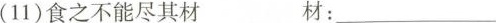
(11)食之不能尽其材 材：___